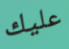
عليك